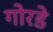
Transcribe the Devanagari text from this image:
गोरडे